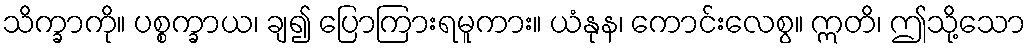
သိက္ခာကို။ ပစ္စက္ခာယ၊ ချ၍ ပြောကြားရမူကား။ ယံနုန၊ ကောင်းလေစွ။ ဣတိ၊ ဤသို့သော